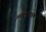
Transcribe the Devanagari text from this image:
अरुल्प्रगास्म